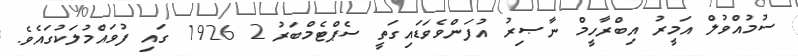
ސުމުއްވުލް އަމީރު އިބްރާހީމް ނާޞިރު އުފަންވެވަޑައިގަތީ ސެޕްޓެމްބަރު 2 1926 ގައި ފުވައްމުލަކުގައެވެ.